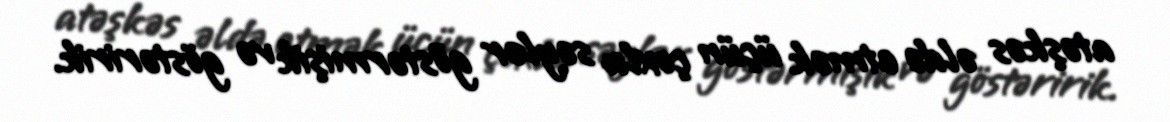
atəşkəs əldə etmək üçün çoxlu səylər göstərmişik və göstəririk.